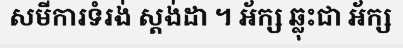
សមីការទំរង់ ស្តង់ដា ។ អ័ក្ស ឆ្លុះជា អ័ក្ស